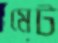
মেট